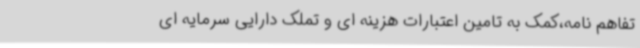
تفاهم نامه،کمک به تامین اعتبارات هزینه ای و تملک دارایی سرمایه ای